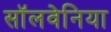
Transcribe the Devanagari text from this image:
सॉलवेनिया